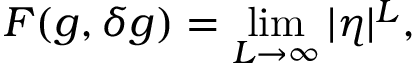
F ( g , \delta g ) = \operatorname* { l i m } _ { L \rightarrow \infty } | \eta | ^ { L } ,